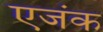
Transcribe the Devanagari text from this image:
एजंक